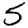
Digit: 5